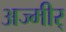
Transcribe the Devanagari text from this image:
अज्मीर्